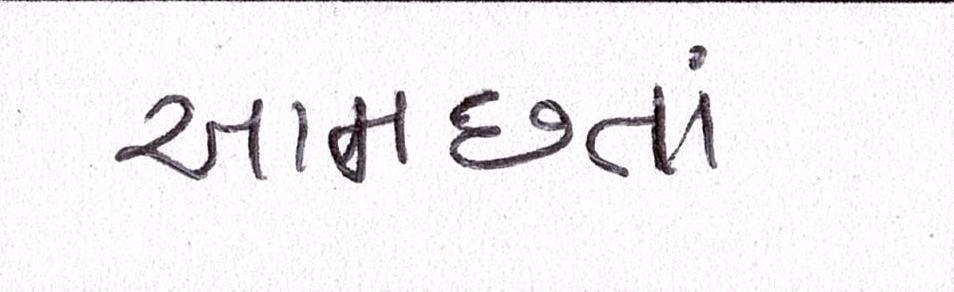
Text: આમછતાં